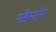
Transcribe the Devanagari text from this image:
सँडस्टोन